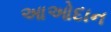
આઓદાન